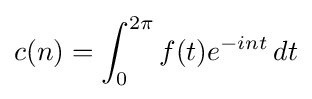
c(n)=\int _{0}^{2\pi }f(t)e^{-int}\,dt